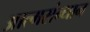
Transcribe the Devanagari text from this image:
आत्मसंन्धान